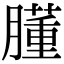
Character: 𦡂